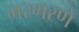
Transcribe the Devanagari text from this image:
गरगरणे